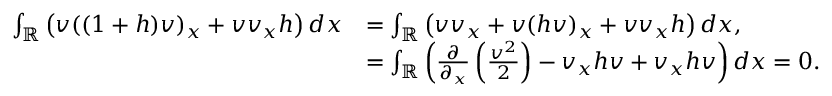
\begin{array} { r l } { \int _ { \mathbb R } \left( v ( ( 1 + h ) v ) _ { x } + v v _ { x } h \right) d x } & { = \int _ { \mathbb R } \left( v v _ { x } + v ( h v ) _ { x } + v v _ { x } h \right) d x , } \\ & { = \int _ { \mathbb R } \left( \frac { \partial } { \partial _ { x } } \left( \frac { v ^ { 2 } } { 2 } \right) - v _ { x } h v + v _ { x } h v \right) d x = 0 . } \end{array}